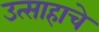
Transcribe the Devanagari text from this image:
उत्साहाचे